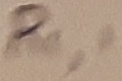
Text: R1,1